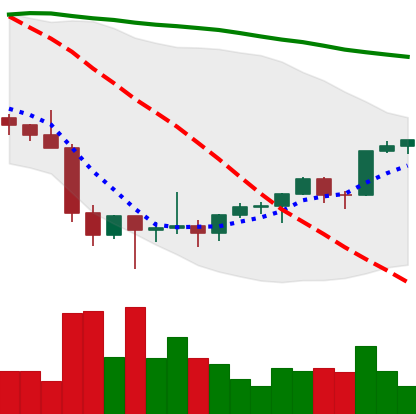
Ticker: ETH-USD
Chart end date: 2022-02-06
Forward return: -4.255%
Label: down_3_5